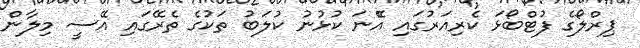
ޕިރްލޯގެ ފުޓްބޯޅަ ކެރިއަރުގައި އެޭނަ ކުޅުނު ކުލަބު ތަކުގެ ތެރޭގައި އޭސީ މިލާން